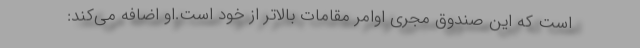
است كه این صندوق مجری اوامر مقامات بالاتر از خود است.او اضافه می‌كند: